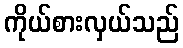
ကိုယ်စားလှယ်သည်